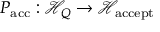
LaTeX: P _ { \mathrm { a c c } } : { \mathcal { H } } _ { Q } \to { \mathcal { H } } _ { \mathrm { a c c e p t } }